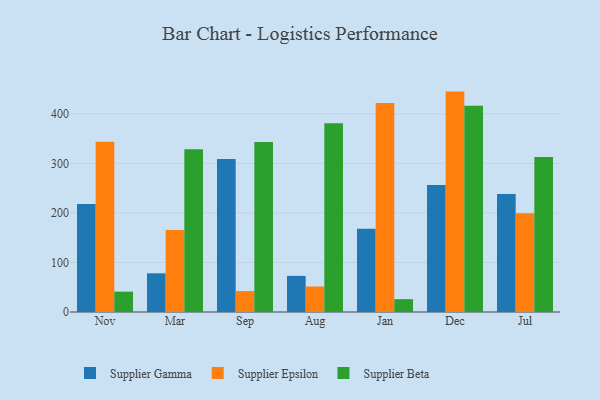
{"axis": {"x": "Month", "y": "Population (Million)"}, "legend": ["Supplier Beta", "Supplier Epsilon", "Supplier Gamma"], "data": [{"x": "Nov", "y": 217.9, "type": "Supplier Gamma"}, {"x": "Nov", "y": 343.8, "type": "Supplier Epsilon"}, {"x": "Nov", "y": 41.1, "type": "Supplier Beta"}, {"x": "Mar", "y": 78.1, "type": "Supplier Gamma"}, {"x": "Mar", "y": 165.8, "type": "Supplier Epsilon"}, {"x": "Mar", "y": 328.7, "type": "Supplier Beta"}, {"x": "Sep", "y": 308.9, "type": "Supplier Gamma"}, {"x": "Sep", "y": 42.3, "type": "Supplier Epsilon"}, {"x": "Sep", "y": 343.1, "type": "Supplier Beta"}, {"x": "Aug", "y": 72.9, "type": "Supplier Gamma"}, {"x": "Aug", "y": 51.5, "type": "Supplier Epsilon"}, {"x": "Aug", "y": 381.1, "type": "Supplier Beta"}, {"x": "Jan", "y": 167.9, "type": "Supplier Gamma"}, {"x": "Jan", "y": 422.1, "type": "Supplier Epsilon"}, {"x": "Jan", "y": 25.9, "type": "Supplier Beta"}, {"x": "Dec", "y": 256.3, "type": "Supplier Gamma"}, {"x": "Dec", "y": 445.0, "type": "Supplier Epsilon"}, {"x": "Dec", "y": 416.4, "type": "Supplier Beta"}, {"x": "Jul", "y": 238.1, "type": "Supplier Gamma"}, {"x": "Jul", "y": 199.3, "type": "Supplier Epsilon"}, {"x": "Jul", "y": 312.8, "type": "Supplier Beta"}]}